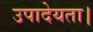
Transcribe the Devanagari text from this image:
उपादेयता।